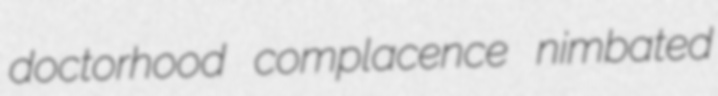
doctorhood complacence nimbated